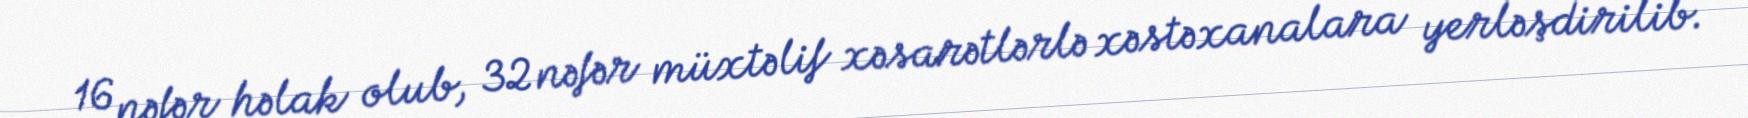
16 nəfər həlak olub, 32 nəfər müxtəlif xəsarətlərlə xəstəxanalara yerləşdirilib.